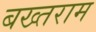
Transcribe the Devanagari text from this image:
बख्तराम